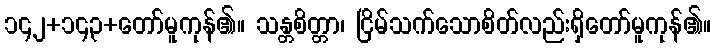
၁၄၂+၁၄၃+တော်မူကုန်၏။ သန္တစိတ္တာ၊ ငြိမ်သက်သောစိတ်လည်းရှိတော်မူကုန်၏။